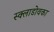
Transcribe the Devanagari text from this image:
स्क्लाडोवका